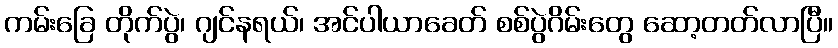
ကမ်းခြေ တိုက်ပွဲ၊ ဂျင်နရယ်၊ အင်ပါယာခေတ် စစ်ပွဲဂိမ်းတွေ ဆော့တတ်လာပြီ။